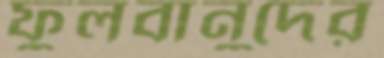
ফুলবানুদের